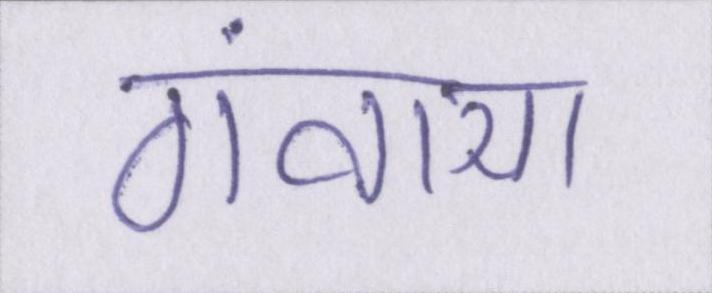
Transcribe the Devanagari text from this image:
गंवाया